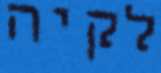
לקיה